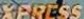
XPRESS